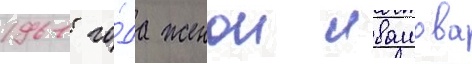
1961 го́да женои ивашова